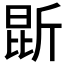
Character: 𭯐